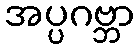
အပ္ပဂဗ္ဘာ